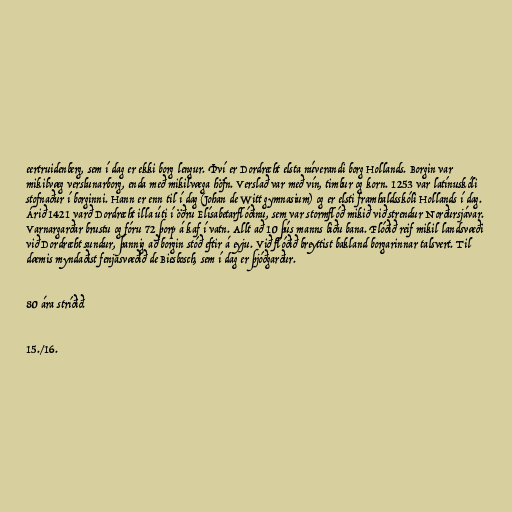
eertruidenberg, sem í dag er ekki borg lengur. Því er Dordrecht elsta núverandi borg Hollands. Borgin var
mikilvæg verslunarborg, enda með mikilvæga höfn. Verslað var með vín, timbur og korn. 1253 var latínuskóli
stofnaður í borginni. Hann er enn til í dag (Johan de Witt gymnasium) og er elsti framhaldsskóli Hollands í dag.
Árið 1421 varð Dordrecht illa úti í öðru Elísabetarflóðinu, sem var stormflóð mikið við strendur Norðursjávar.
Varnargarðar brustu og fóru 72 þorp á kaf í vatn. Allt að 10 þús manns biðu bana. Flóðið reif mikil landsvæði
við Dordrecht sundur, þannig að borgin stóð eftir á eyju. Við flóðið breyttist bakland borgarinnar talsvert. Til
dæmis myndaðist fenjasvæðið de Biesbosch, sem í dag er þjóðgarður.

80 ára stríðið.

15./16.